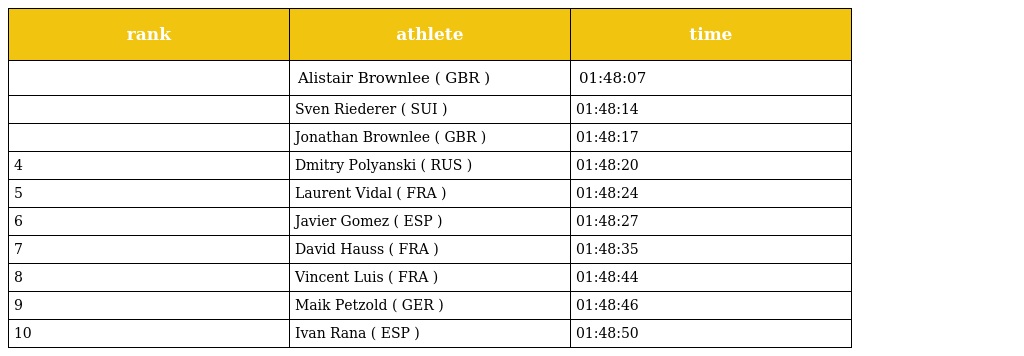
| rank | athlete | time |
 | --- | --- | --- |
 |  | Alistair Brownlee ( GBR ) | 01:48:07 |
 |  | Sven Riederer ( SUI ) | 01:48:14 |
 |  | Jonathan Brownlee ( GBR ) | 01:48:17 |
 | 4 | Dmitry Polyanski ( RUS ) | 01:48:20 |
 | 5 | Laurent Vidal ( FRA ) | 01:48:24 |
 | 6 | Javier Gomez ( ESP ) | 01:48:27 |
 | 7 | David Hauss ( FRA ) | 01:48:35 |
 | 8 | Vincent Luis ( FRA ) | 01:48:44 |
 | 9 | Maik Petzold ( GER ) | 01:48:46 |
 | 10 | Ivan Rana ( ESP ) | 01:48:50 |